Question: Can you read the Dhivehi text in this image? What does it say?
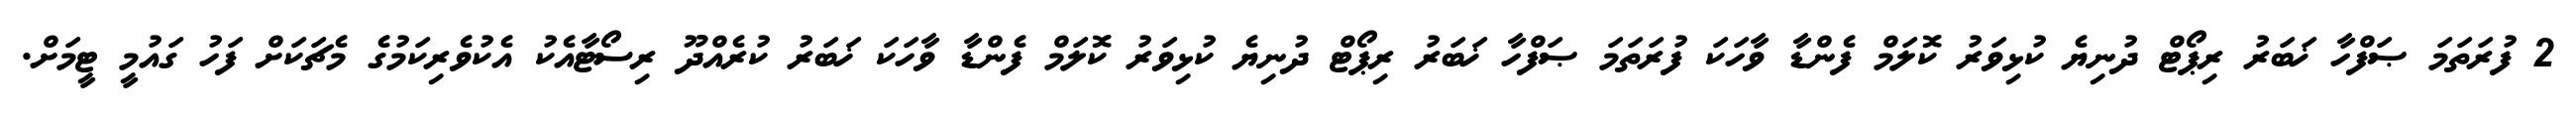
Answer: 2 ފުރަތަމަ ޞަފްހާ ޚަބަރު ރިޕޯޓް ދުނިޔެ ކުޅިވަރު ކޮލަމް ފެންޑާ ވާހަކަ ފުރަތަމަ ޞަފްހާ ޚަބަރު ރިޕޯޓް ދުނިޔެ ކުޅިވަރު ކޮލަމް ފެންޑާ ވާހަކަ ޚަބަރު ކުރެއްދޫ ރިސޯޓާއެކު އެކުވެރިކަމުގެ މެޗަކަށް ފަހު ގައުމީ ޓީމަށް.